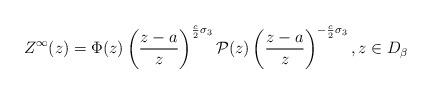
LaTeX: \begin{align*}Z^\infty(z)= \Phi(z)\left(\frac{z-a}{z}\right)^{\frac{c}{2}\sigma_3}\mathcal {P}(z)\left(\frac{z-a}{z}\right)^{-\frac{c}{2}\sigma_3},z\in D_\beta \end{align*}